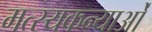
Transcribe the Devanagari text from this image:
मत्स्यकन्याओं